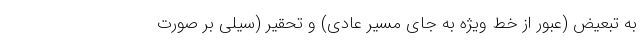
به تبعیض (عبور از خط ویژه به جای مسیر عادی) و تحقیر (سیلی بر صورت